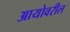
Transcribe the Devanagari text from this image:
आयोवरील